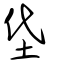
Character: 垈